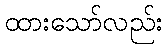
ထားသော်လည်း